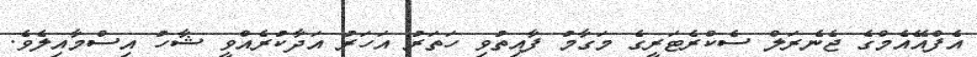
އެފްއޭއެމްގެ ޖެނެރަލް ސެކްރެޓަރީގެ މަގާމު ފާއިތުވި ހަތަރު އަހަރު އަދާކުރެއްވީ ޝާހު އިސްމާއިލެވެ.